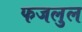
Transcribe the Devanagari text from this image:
फजलुल